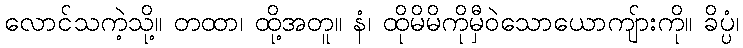
လောင်သကဲ့သို့။ တထာ၊ ထို့အတူ။ နံ၊ ထိုမိမိကိုမှီဝဲသောယောကျ်ားကို။ ခိပ္ပံ၊